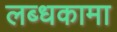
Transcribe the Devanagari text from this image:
लब्धकामा